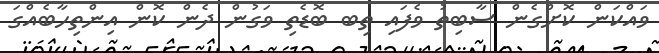
ވައްކަން ކޮށްގެން ސާބިތު ވެފައި ތިބ ބޮޑެތި ވަގުން ދެން ކޮން އިންތިހާބެއްގަ